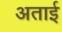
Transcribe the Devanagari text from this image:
अताई